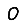
Digit: 0